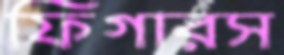
ফিগারস